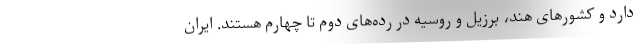
دارد و کشورهای هند، برزیل و روسیه در رده‌های دوم تا چهارم هستند. ایران